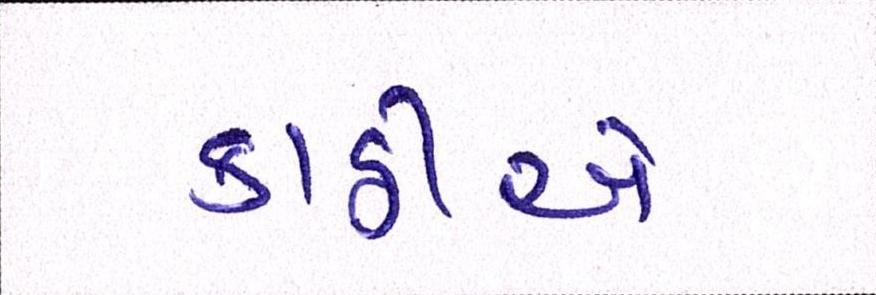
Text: કાઠીએ